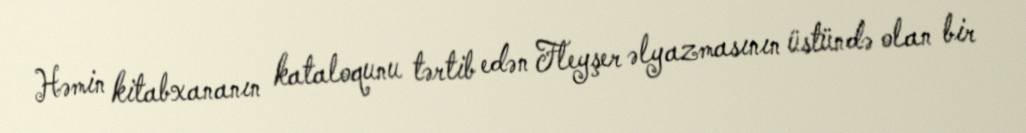
Həmin kitabxananın kataloqunu tərtib edən Fleyşer əlyazmasının üstündə olan bir